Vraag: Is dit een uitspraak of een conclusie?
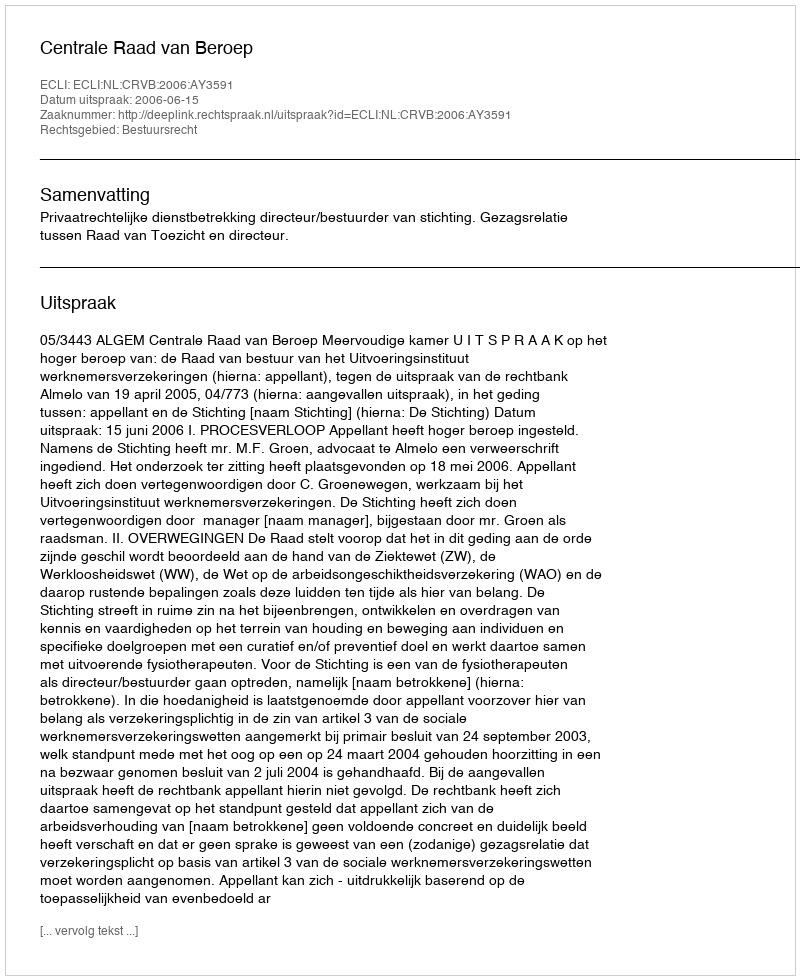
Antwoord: Uitspraak